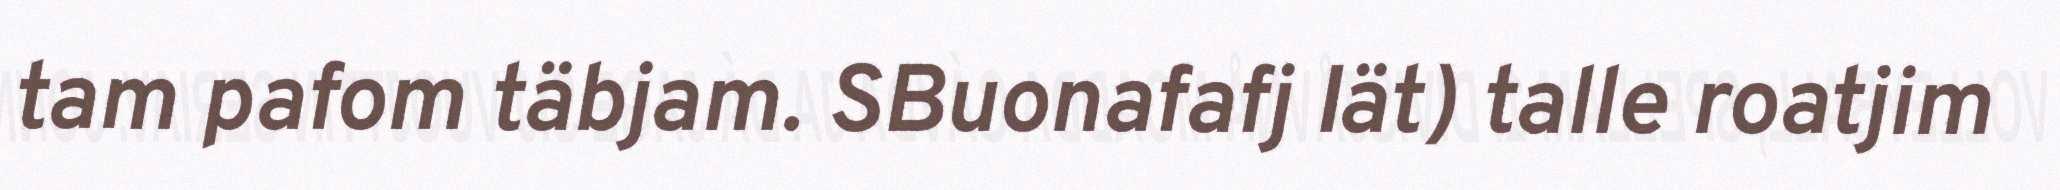
tam pafom täbjam. SBuonafafj Iät) talle roatjim